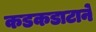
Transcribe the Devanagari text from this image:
कडकडाटाने